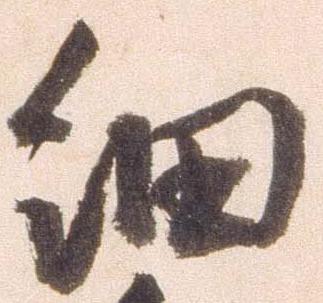
細